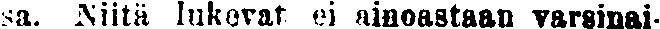
sa. Niitä lukevat ei ainoastaan varsinai-